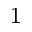
^ { 1 }